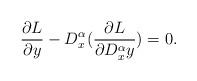
LaTeX: \begin{align*}\frac{\partial L}{\partial y}-D_{x}^{\alpha}(\frac{\partial L}{\partial D_{x}^{\alpha}y})=0.\end{align*}